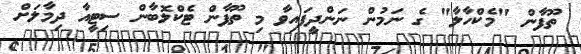
ތޫފާން "މެކްހާލާ" ގެ ނަމުން ނަންދީފައިވާ މި ތޫފާން ޓެކްލޮބާން ސިޓީއާ ދިމާލަށް